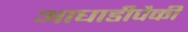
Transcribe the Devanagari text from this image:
आघाडीपैकी